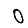
Digit: 0